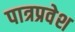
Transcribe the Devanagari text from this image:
पात्रप्रवेश